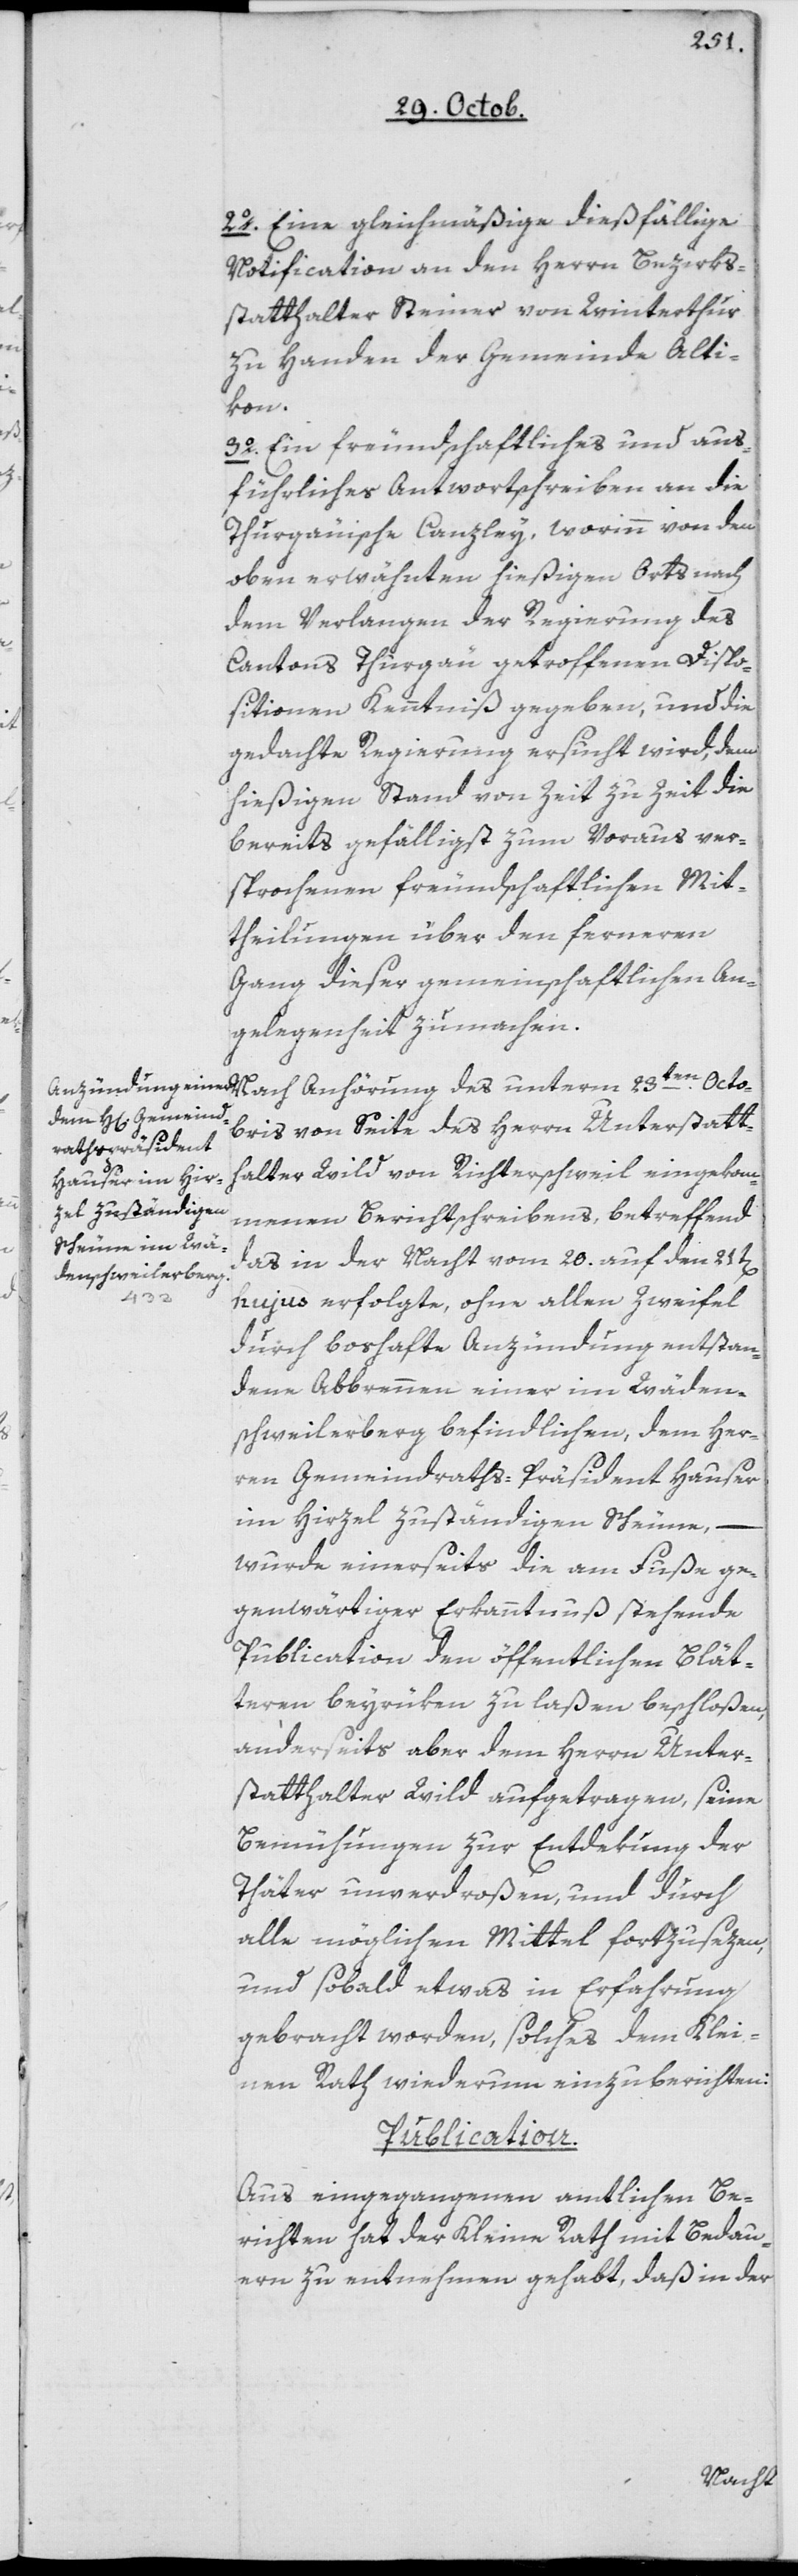
2o Eine gleichmäßige dießfällige
Publication an den Herrn Bezirks¬
statthalter Steiner von Winterthur
zu Handen der Gemeinde Alti¬
kon.
3o Ein freundschaftliches und aus¬
führliches Antwortschreiben an die
Thurgauische Canzley, worinn von den
oben erwähnten hießigen Orts nach
dem Verlangen der Regierung des
Cantons Thurgau getroffenen Dispo¬
sitionen Kenntniß gegeben, und die
gedachte Regierung ersucht wird, dem
hießigen Stand von Zeit zu Zeit die
bereits gefälligst zum Voraus ver¬
sprochenen freundschaftlichen Mit¬
theilungen über den ferneren
Gang dieser gemeinschaftlichen An¬
gelegenheit zu machen.
Nach Anhörung des unterm 23ten Octo¬
bris von Seite des Herrn Unterstatt¬
halter Wild von Richterschweil eingekom¬
menen Berichtschreibens, betreffend
das in der Nacht vom 20. auf den 21ten
hujus erfolgte, ohne allen Zweifel
durch boshafte Anzündung entstan¬
dene Abbrennen einer im Wäden¬
schweilerberg befindlichen, dem Her¬
ren Gemeindrathspräsident Hauser
im Hirzel zuständigen Scheune, –
wurde einerseits die am Fuße ge¬
genwärtiger Erkanntnuß stehende
Publication den öffentlichen Blät¬
teren beyrüken zu laßen beschloßen,
anderseits aber dem Herrn Unter¬
statthalter Wild aufgetragen, seine
Bemühungen zur Entdekung der
Thäter unverdroßen und durch
alle möglichen Mittel fortzusezen,
und sobald etwas in Erfahrung
gebracht worden, solches dem Klei¬
nen Rath wiederum einzuberichten.
Publication
Aus eingegangenen amtlichen Be¬
richten hat der Kleine Rath mit Bedau¬
ern zu entnehmen gehabt, daß in der